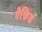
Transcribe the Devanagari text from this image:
ऐफ़िड